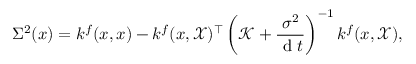
\Sigma ^ { 2 } ( x ) = k ^ { f } ( x , x ) - k ^ { f } ( x , \mathcal { X } ) ^ { \top } \left( \mathcal { K } + \frac { { \sigma } ^ { 2 } } { \mathrm { ~ d ~ } t } \right) ^ { - 1 } k ^ { f } ( x , \mathcal { X } ) ,